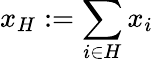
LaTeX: x_{H}:=\sum_{i\in H}x_{i}